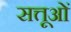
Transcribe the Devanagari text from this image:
सत्तूओं